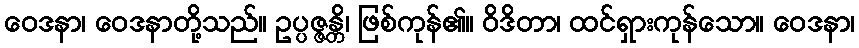
ဝေဒနာ၊ ဝေဒနာတို့သည်။ ဥပ္ပဇ္ဇန္တိ၊ ဖြစ်ကုန်၏။ ဝိဒိတာ၊ ထင်ရှားကုန်သော။ ဝေဒနာ၊